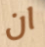
ان